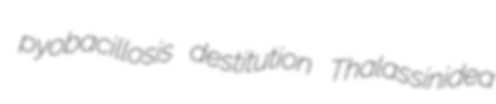
pyobacillosis destitution Thalassinidea